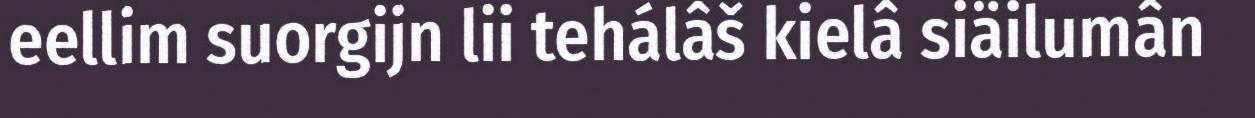
eellim suorgijn lii tehálâš kielâ siäilumân